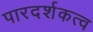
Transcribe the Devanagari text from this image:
पारदर्शकत्व